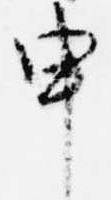
申